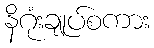
နိဂုံးချုပ်စကား